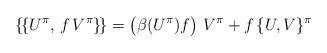
LaTeX: \begin{align*}\{\!\{U^\pi,\,f\,V^\pi\}\!\} = \bigl(\beta(U^\pi)f\bigr)\ V^\pi + f\,\{U, V\}^\pi\end{align*}